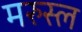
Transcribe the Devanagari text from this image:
मरुस्ल